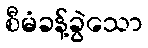
စီမံခန့်ခွဲသော